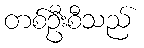
တစ်ဦးစီသည်